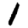
Digit: 1